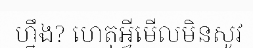
ហ្នឹង? ហេតុអ្វីមើលមិនសូវ